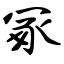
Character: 冢